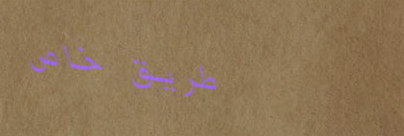
طريق خاص